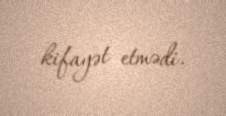
kifayət etmədi.